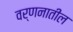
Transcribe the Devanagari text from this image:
वर्णनातील